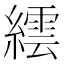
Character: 繧